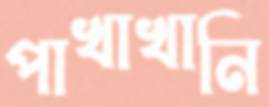
পাখাখানি